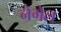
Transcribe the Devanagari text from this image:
नेगेल